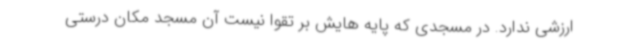
ارزشی ندارد. در مسجدی که پایه هایش بر تقوا نیست آن مسجد مکان درستی